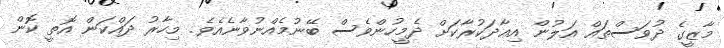
މާޒީގެ ދުވަސްތައް އަލުން އިޢާދަކުރާކަށް ދެމީހުންވެސް ބޭނުމެއްނުވާނެއެވެ. މިހާރު ދައްކަން އޮތީ ކޮން